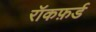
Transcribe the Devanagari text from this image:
रॉकफ़र्ड